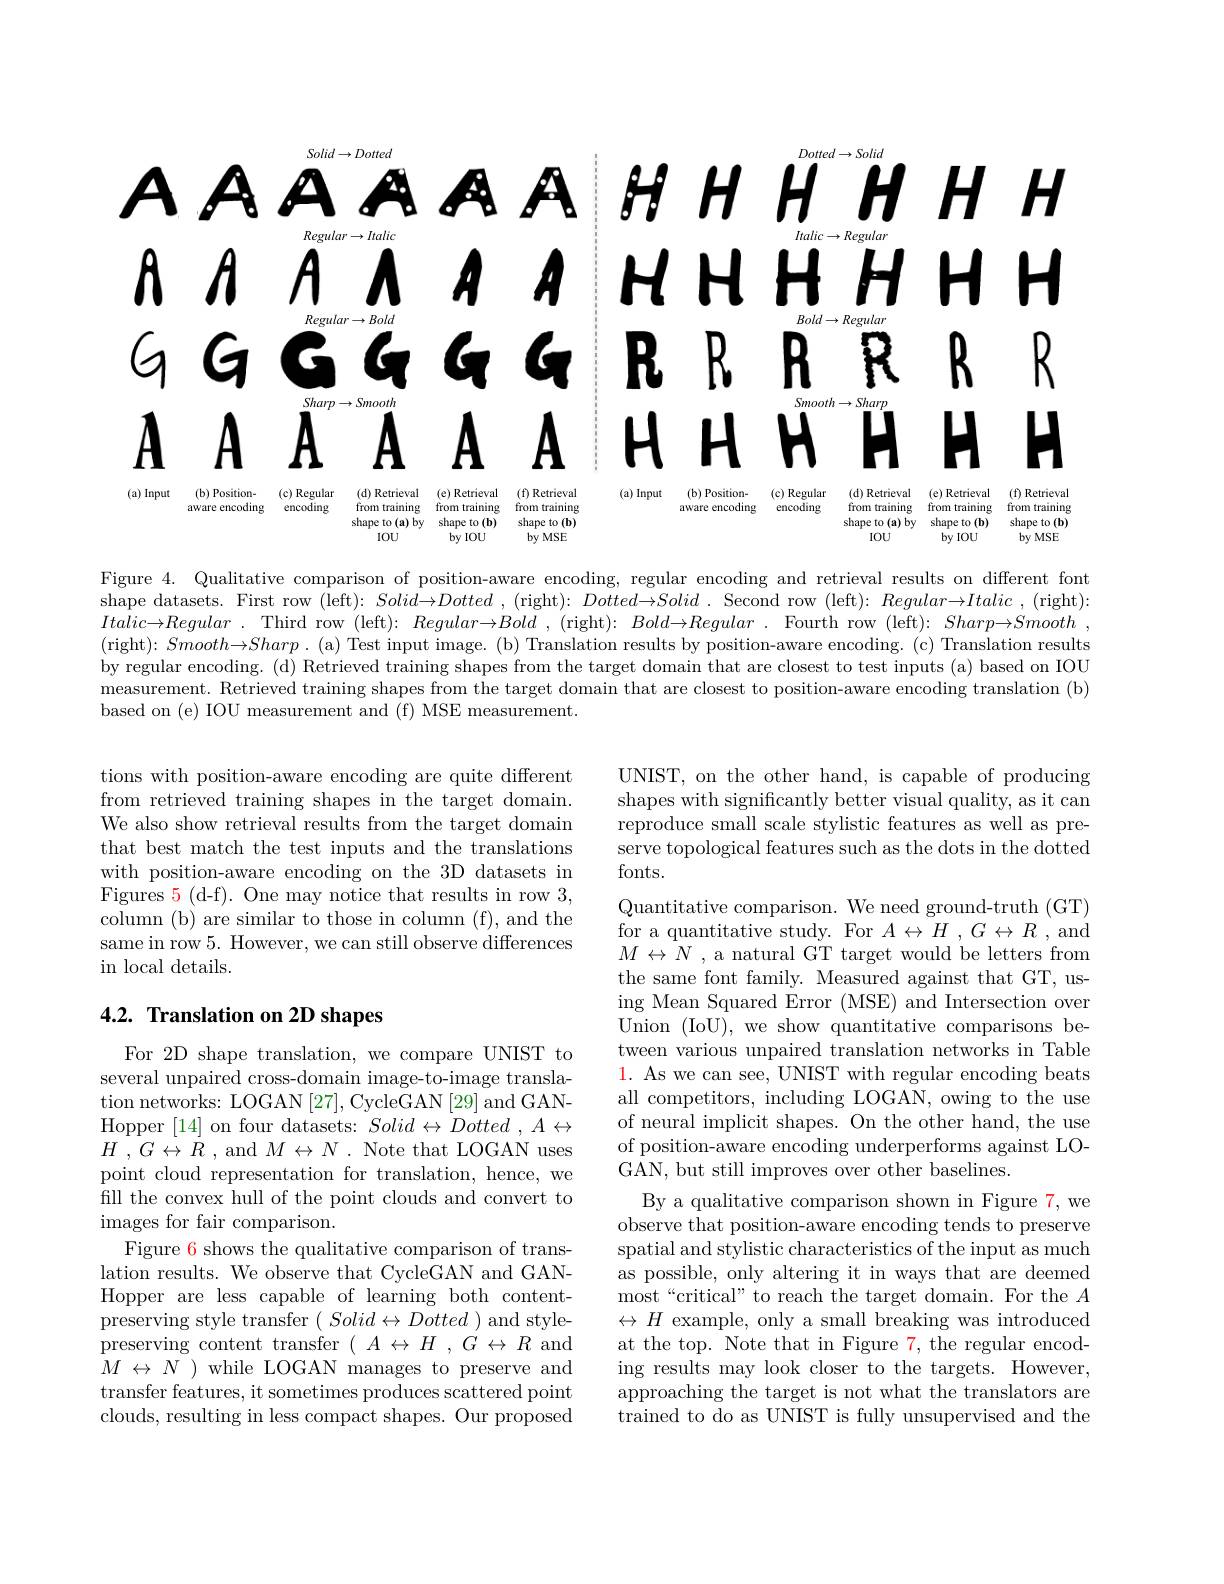
<FigureHere>

Figure 4. Qualitative comparison of position-aware encoding, regular encoding and retrieval results on different font shape datasets. First row (left): $Solid\to Dotted$ , ( right) : $Dotted\to Solid$ . Second row ( left) : $Regular\to Italic$ , ( right) : $Italic\to Regular$ . Third row (left): $Regular\to Bold$ , (right): $Bold\to Regular$ . Fourth row (left): $Sharp\to Smooth$ , (right): $Smooth\to Sharp.$ (a) Test input image. (b) Translation results by position-aware encoding. (c) Translation results by regular encoding. (d) Retrieved training shapes from the target domain that are closest to test inputs (a) based on IOU measurement. Retrieved training shapes from the target domain that are closest to position-aware encoding translation (b) based on (e) IOU measurement and (f) MSE measurement.

tions with position-aware encoding are quite different from retrieved training shapes in the target domain. We also show retrieval results from the target domain that best match the test inputs and the translations with position-aware encoding on the 3D datasets in Figures 5 (d-f). One may notice that results in row 3, column (b) are similar to those in column (f), and the same in row 5. However, we can still observe differences in local details.

## $4. 2. \textbf{ Translation on 2D shapes}$

For 2D shape translation, we compare UNIST to several unpaired cross-domain image-to-image translation networks: LOGAN [27], CycleGAN [29] and GANHopper [14] on four datasets: $Solid\leftrightarrow Dotted$ $, A\leftrightarrow$ $H$ , $G\leftrightarrow R$ , and $M\leftrightarrow N$ . Note that LOGAN uses point cloud representation for translation, hence, we fill the convex hull of the point clouds and convert to images for fair comparison.
Figure 6 shows the qualitative comparison of translation results. We observe that CycleGAN and GANHopper are less capable of learning both contentpreserving style transfer $( \textit{Solid}\leftrightarrow \textit{Dotted ) and style- }$ preserving content transfer $( A\leftrightarrow H$ , $G\leftrightarrow R$ and $\bar{M}$ $\leftrightarrow$ $\bar{N}$ )while LOGAN manages to preserve and transfer features, it sometimes produces scattered point clouds, resulting in less compact shapes. Our proposed

UNIST, on the other hand, is capable of producing shapes with significantly better visual quality, as it can reproduce small scale stylistic features as well as preserve topological features such as the dots in the dotted fonts.

Quantitative comparison. We need ground-truth (GT) for a quantitative study. For $A\leftrightarrow H$ , $G\leftrightarrow R$ , and $M\leftrightarrow{\tilde{N}}$ , a natural GT target would be letters from the same font family. Measured against that GT, using Mean Squared Error (MSE) and Intersection over Union (IoU), we show quantitative comparisons between various unpaired translation networks in Table $\color{red}{1.\text{ As we can see, UNIST with regular encoding beats}}$ all competitors, including LOGAN, owing to the use of neural implicit shapes. On the other hand, the use of position-aware encoding underperforms against LOGAN, but still improves over other baselines.
By a qualitative comparison shown in Figure 7, we $\tilde{\text{observe that position-aware encoding tends to preserve}}$ spatial and stylistic characteristics of the input as much as possible, only altering it in ways that are deemed

most“critical” to reach the target domain. For the $A$ $\leftrightarrow H$ example, only a small breaking was introduced at the top. Note that in Figure $\color{red}{7,\text{the regular encod-}}$ ing results may look closer to the targets. However, approaching the target is not what the translators are trained to do as UNIST is fully unsupervised and the